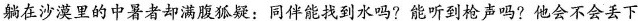
躺在沙漠里的中暑者却满腹狐疑：同伴能找到水吗?能听到枪声吗?他会不会丢下